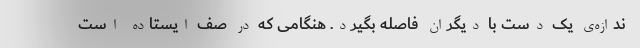
ندازه‌ی یک دست با دیگران فاصله بگیرد. هنگامی که در صف ایستاده است